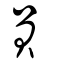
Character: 貟